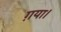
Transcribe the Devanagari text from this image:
ग़या।